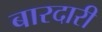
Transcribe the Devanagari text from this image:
बारदारी